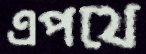
এপথে